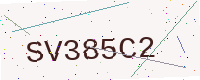
Text: SV385C2